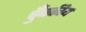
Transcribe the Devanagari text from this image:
चुँबकीय